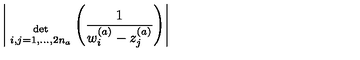
\Bigg | { \atop { \mathrm { d e t } \atop { \scriptstyle i , j = 1 , . . . , 2 n _ { a } } } } \Bigg ( \frac { 1 } { w _ { i } ^ { ( a ) } - z _ { j } ^ { ( a ) } } \Bigg ) \Bigg |